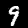
Label: 9